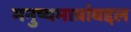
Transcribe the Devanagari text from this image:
मनुष्यमात्रांबद्दल